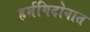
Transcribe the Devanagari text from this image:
हर्मगिदोनात